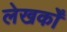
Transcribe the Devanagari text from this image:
लेखकोँ